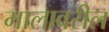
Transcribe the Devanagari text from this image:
मालावरील